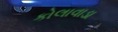
કોલાવાડા